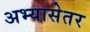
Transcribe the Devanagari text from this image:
अभ्यासेतर